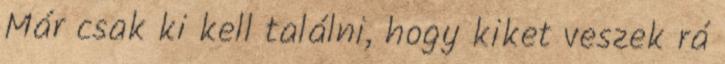
Már csak ki kell találni, hogy kiket veszek rá